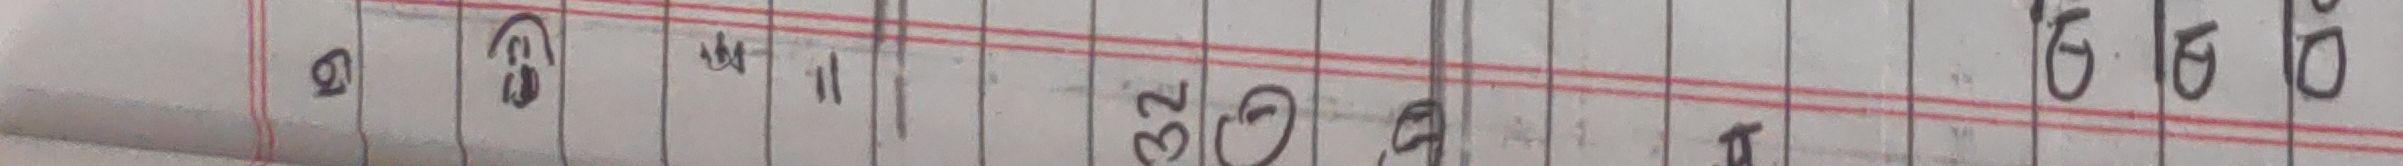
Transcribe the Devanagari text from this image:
७ ८ ९ १० ११ १२ १३ १४ १५ १६